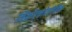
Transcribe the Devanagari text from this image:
मिक्रोएकोनोमिक